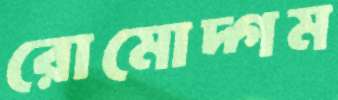
রোমোদ্গম